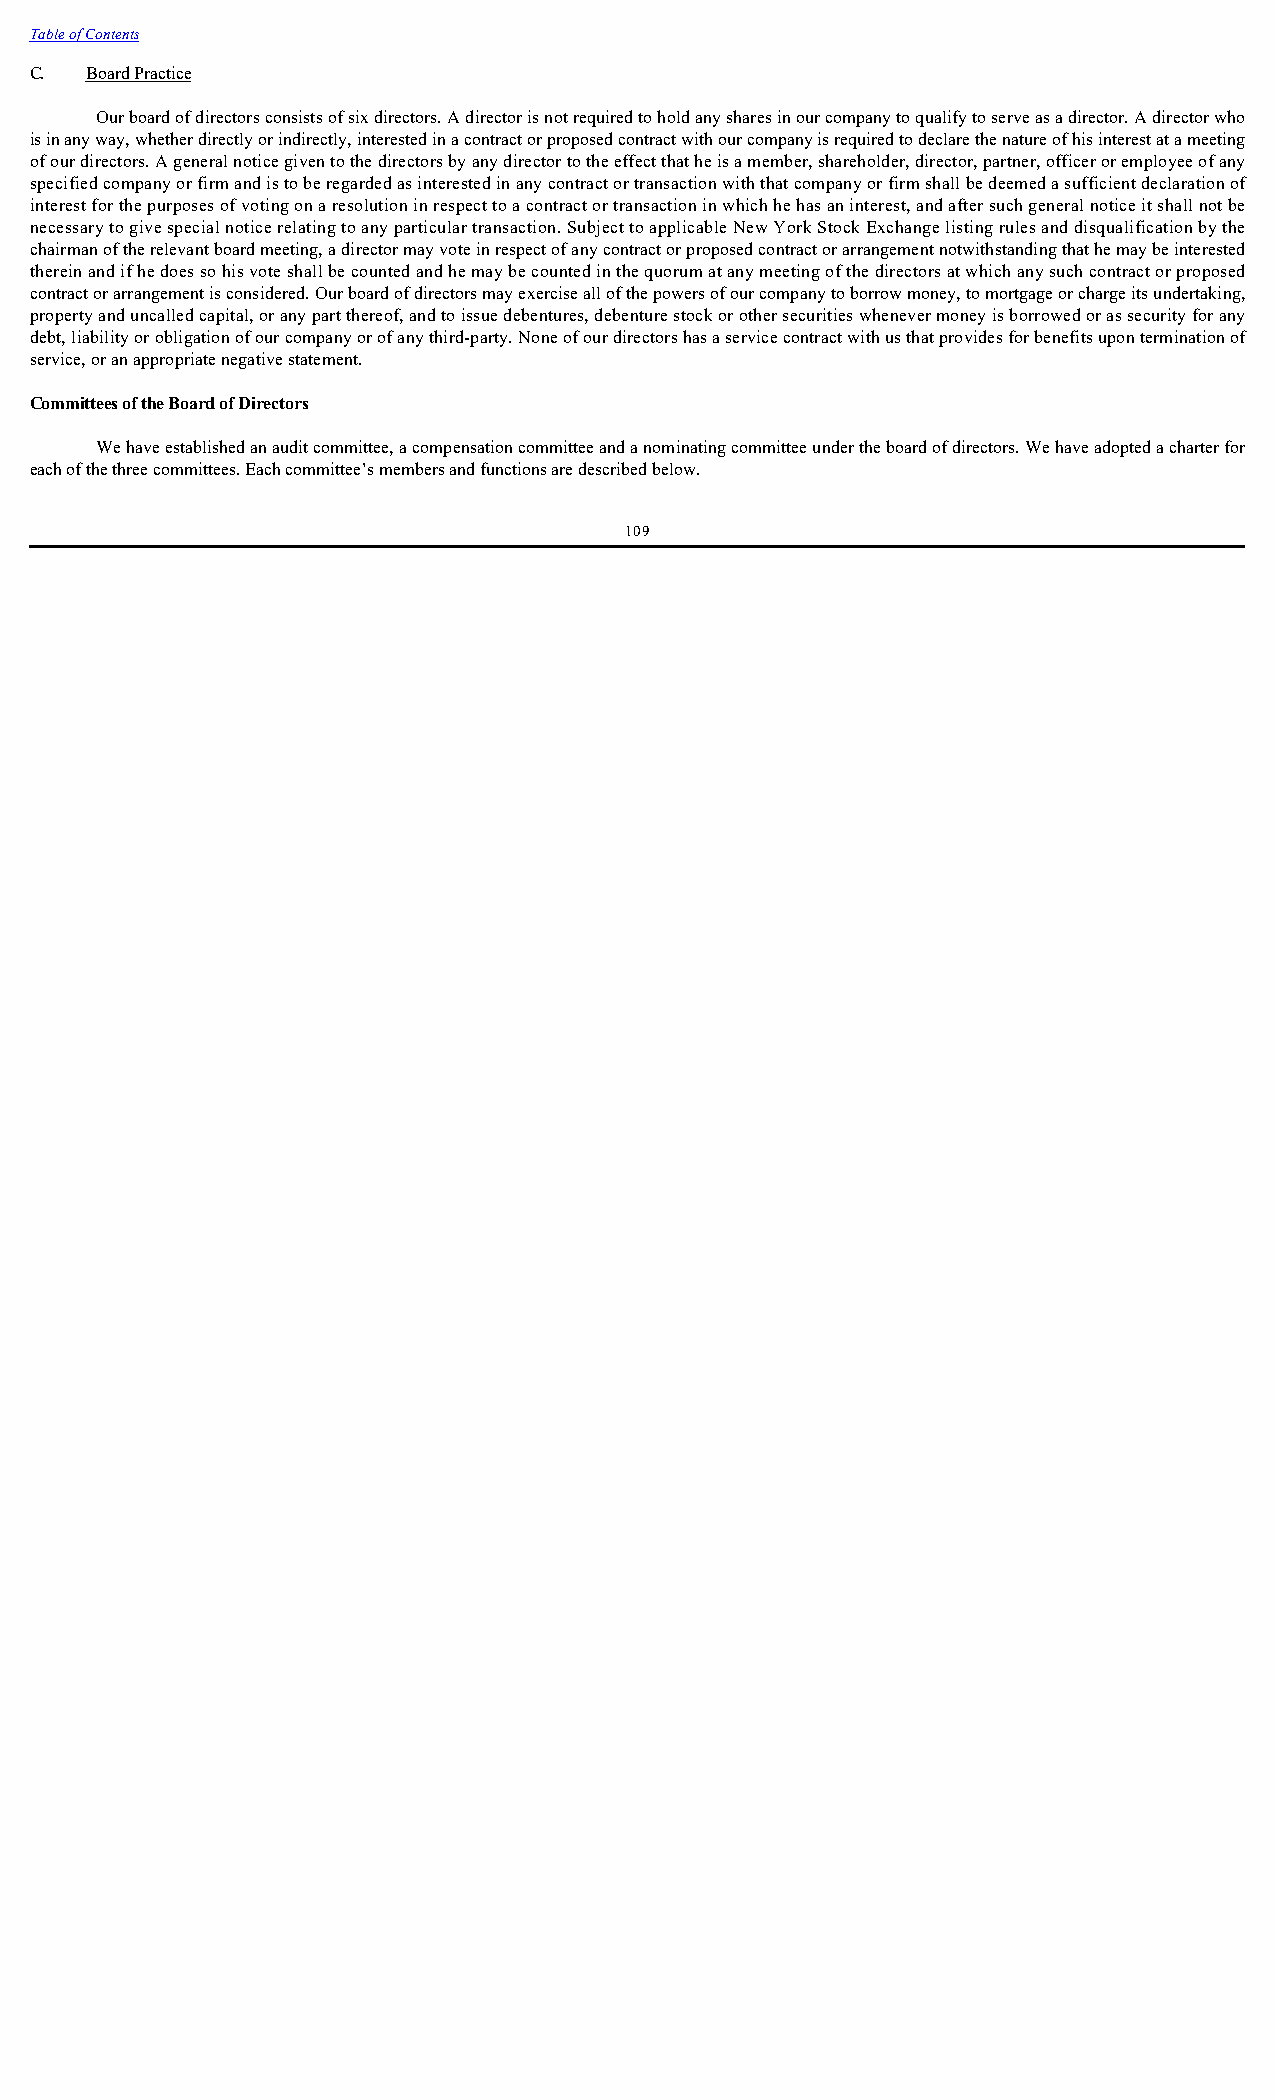
Table of Contents
 C.  Board Practice
 Our board of directors consists of six directors. A director is not required to hold any shares in our company to qualify to serve as a director. A director who
 is in any way, whether directly or indirectly, interested in a contract or proposed contract with our company is required to declare the nature of his interest at a meeting
 of our directors. A general notice given to the directors by any director to the effect that he is a member, shareholder, director, partner, officer or employee of any
 specified company or firm and is to be regarded as interested in any contract or transaction with that company or firm shall be deemed a sufficient declaration of
 interest for the purposes of voting on a resolution in respect to a contract or transaction in which he has an interest, and after such general notice it shall not be
 necessary to give special notice relating to any particular transaction. Subject to applicable New York Stock Exchange listing rules and disqualification by the
 chairman of the relevant board meeting, a director may vote in respect of any contract or proposed contract or arrangement notwithstanding that he may be interested
 therein and if he does so his vote shall be counted and he may be counted in the quorum at any meeting of the directors at which any such contract or proposed
 contract or arrangement is considered. Our board of directors may exercise all of the powers of our company to borrow money, to mortgage or charge its undertaking,
 property and uncalled capital, or any part thereof, and to issue debentures, debenture stock or other securities whenever money is borrowed or as security for any
 debt, liability or obligation of our company or of any third-party. None of our directors has a service contract with us that provides for benefits upon termination of
 service, or an appropriate negative statement.
 Committees of the Board of Directors
 We have established an audit committee, a compensation committee and a nominating committee under the board of directors. We have adopted a charter for
 each of the three committees. Each committee’s members and functions are described below.
 109